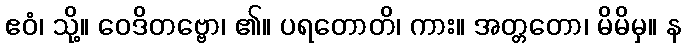
ဧဝံ၊ သို့။ ဝေဒိတဗ္ဗော၊ ၏။ ပရတောတိ၊ ကား။ အတ္တတော၊ မိမိမှ။ န